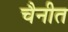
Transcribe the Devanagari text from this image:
चैनीत